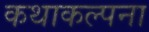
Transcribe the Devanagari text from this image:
कथाकल्पना